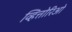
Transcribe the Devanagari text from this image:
व्हित्तोरिओ